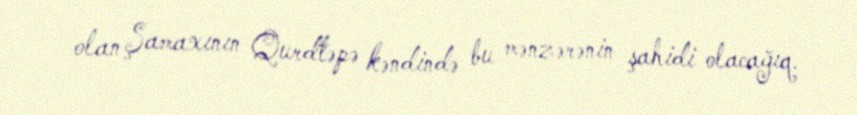
olan Şamaxının Qurdtəpə kəndində bu mənzərənin şahidi olacağıq.